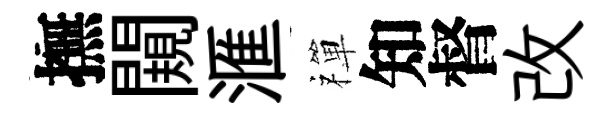
撫闚滙禪知督改